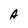
Character: A